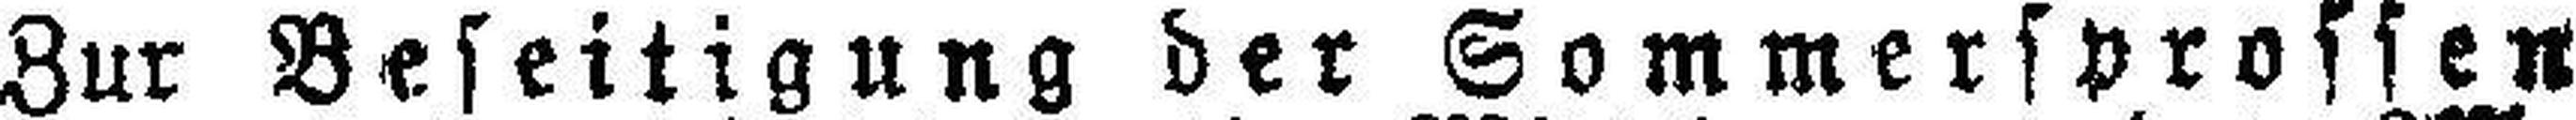
Zur Beseitigung der Sommersprossen